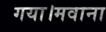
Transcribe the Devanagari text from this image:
गया।मवाना